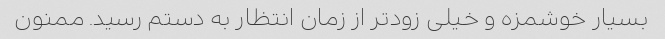
بسیار خوشمزه و خیلی زودتر از زمان انتظار به دستم رسید. ممنون